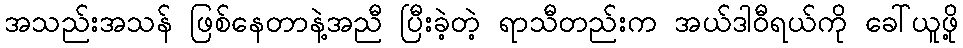
အသည်းအသန် ဖြစ်နေတာနဲ့အညီ ပြီးခဲ့တဲ့ ရာသီတည်းက အယ်ဒါဝီရယ်ကို ခေါ်ယူဖို့